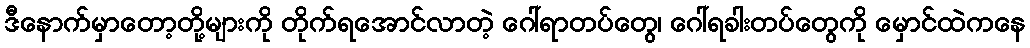
ဒီနောက်မှာတော့တို့များကို တိုက်ရအောင်လာတဲ့ ဂေါ်ရာတပ်တွေ၊ ဂေါ်ရခါးတပ်တွေကို မှောင်ထဲကနေ